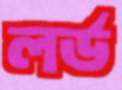
লর্ড